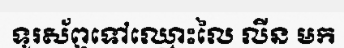
ទូរស័ព្ទទៅឈ្មោះលៃ លីន មក